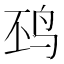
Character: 𱉖